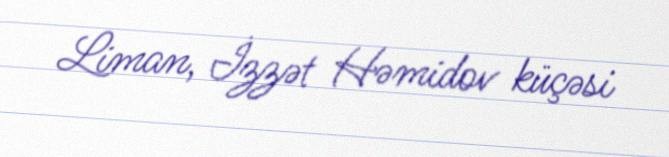
Liman, İzzət Həmidov küçəsi